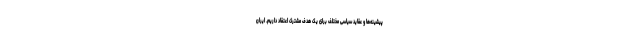
پیشینه‌ها و عقاید سیاسی مختلف برای یک هدف مشترک اعتقاد داریم. ایران